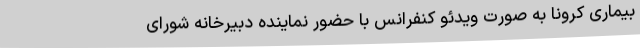
بیماری کرونا به صورت ویدئو کنفرانس با حضور نماینده دبیرخانه شورای